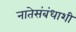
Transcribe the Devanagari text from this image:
नातेसंबंधाशी